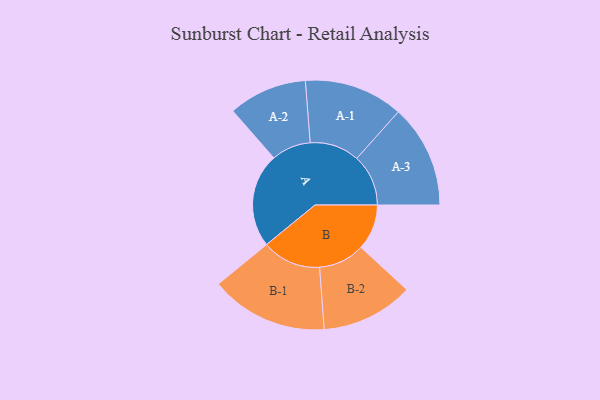
{"axis": {"x": "Segment", "y": "Value"}, "legend": ["", "A", "B"], "data": [{"x": "A", "y": 415, "type": ""}, {"x": "B", "y": 201, "type": ""}, {"x": "A-1", "y": 218, "type": "A"}, {"x": "A-2", "y": 173, "type": "A"}, {"x": "A-3", "y": 227, "type": "A"}, {"x": "B-1", "y": 259, "type": "B"}, {"x": "B-2", "y": 203, "type": "B"}]}